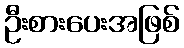
ဦးစားပေးအဖြစ်